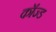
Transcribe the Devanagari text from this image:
कॉज्ड